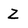
Character: Z